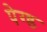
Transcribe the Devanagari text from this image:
पेग्ड